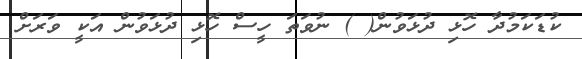
ކުޑަކަމުދާ ހޮޅި ދުޅަވުން( ) ނުވަތަ ހީސް ހޮޅި ދުޅަވުން އަކީ ވަރަށް